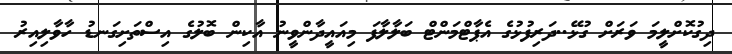
ދިގުކޮށްލީމަ ވަރަށް ގުޅޭ..ދަރިފުޅުގެ އެޕާޓްމަންޓް ބަލާލާފަ މިއައީދާންވީނު އާކިން ބޮލުގެ އިސްތަށިގަނޑު ހާވާލިއިރު